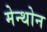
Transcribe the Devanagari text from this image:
मेन्थोन